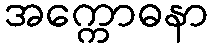
အက္ကောဓနာ